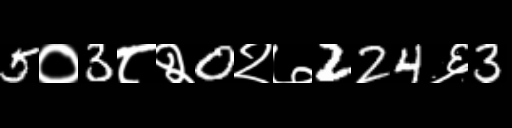
Text: 5०3८२0२७224६3